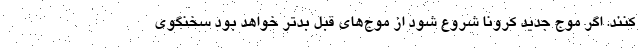
کنند. اگر موج جدید کرونا شروع شود از موج‌های قبل بدتر خواهد بود سخنگوی